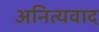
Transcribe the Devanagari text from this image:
अनित्यवाद